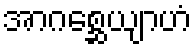
အာဂစ္ဆေယျာဟံ